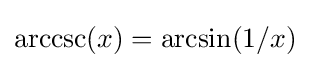
\operatorname {arccsc} (x)=\arcsin(1/x)